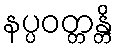
နပ္ပဝတ္တန္တိ